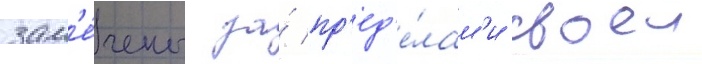
зам'е́чены за́ пр'ед'е́лам'и своеи